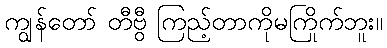
ကျွန်တော် တီဗွီ ကြည့်တာကိုမကြိုက်ဘူး။